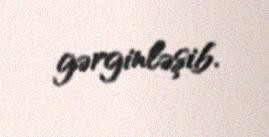
gərginləşib.